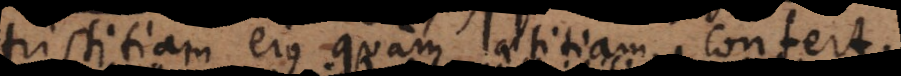
tristitiam ejus quam laetitiam confert.